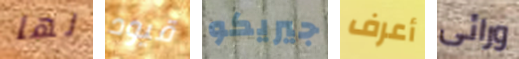
لها قيود جيريكو أعرف ورائى